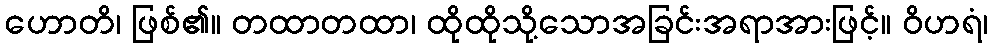
ဟောတိ၊ ဖြစ်၏။ တထာတထာ၊ ထိုထိုသို့သောအခြင်းအရာအားဖြင့်။ ဝိဟရံ၊